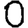
Digit: 0